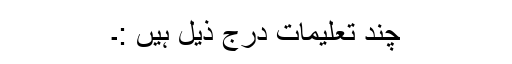
چند تعلیمات درج ذیل ہیں :۔